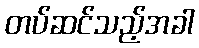
တပ်ဆင်သည့်အခါ